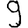
Digit: 9